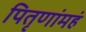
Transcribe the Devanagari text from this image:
पितृणांमहं